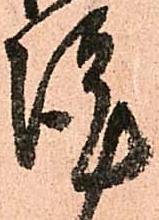
謹